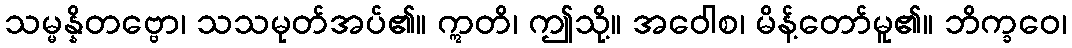
သမ္မန္နိတဗ္ဗော၊ သသမုတ်အပ်၏။ ဣတိ၊ ဤသို့။ အဝေါစ၊ မိန့်တော်မူ၏။ ဘိက္ခဝေ၊